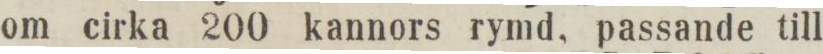
om cirka 200 kannors rymd, passande till